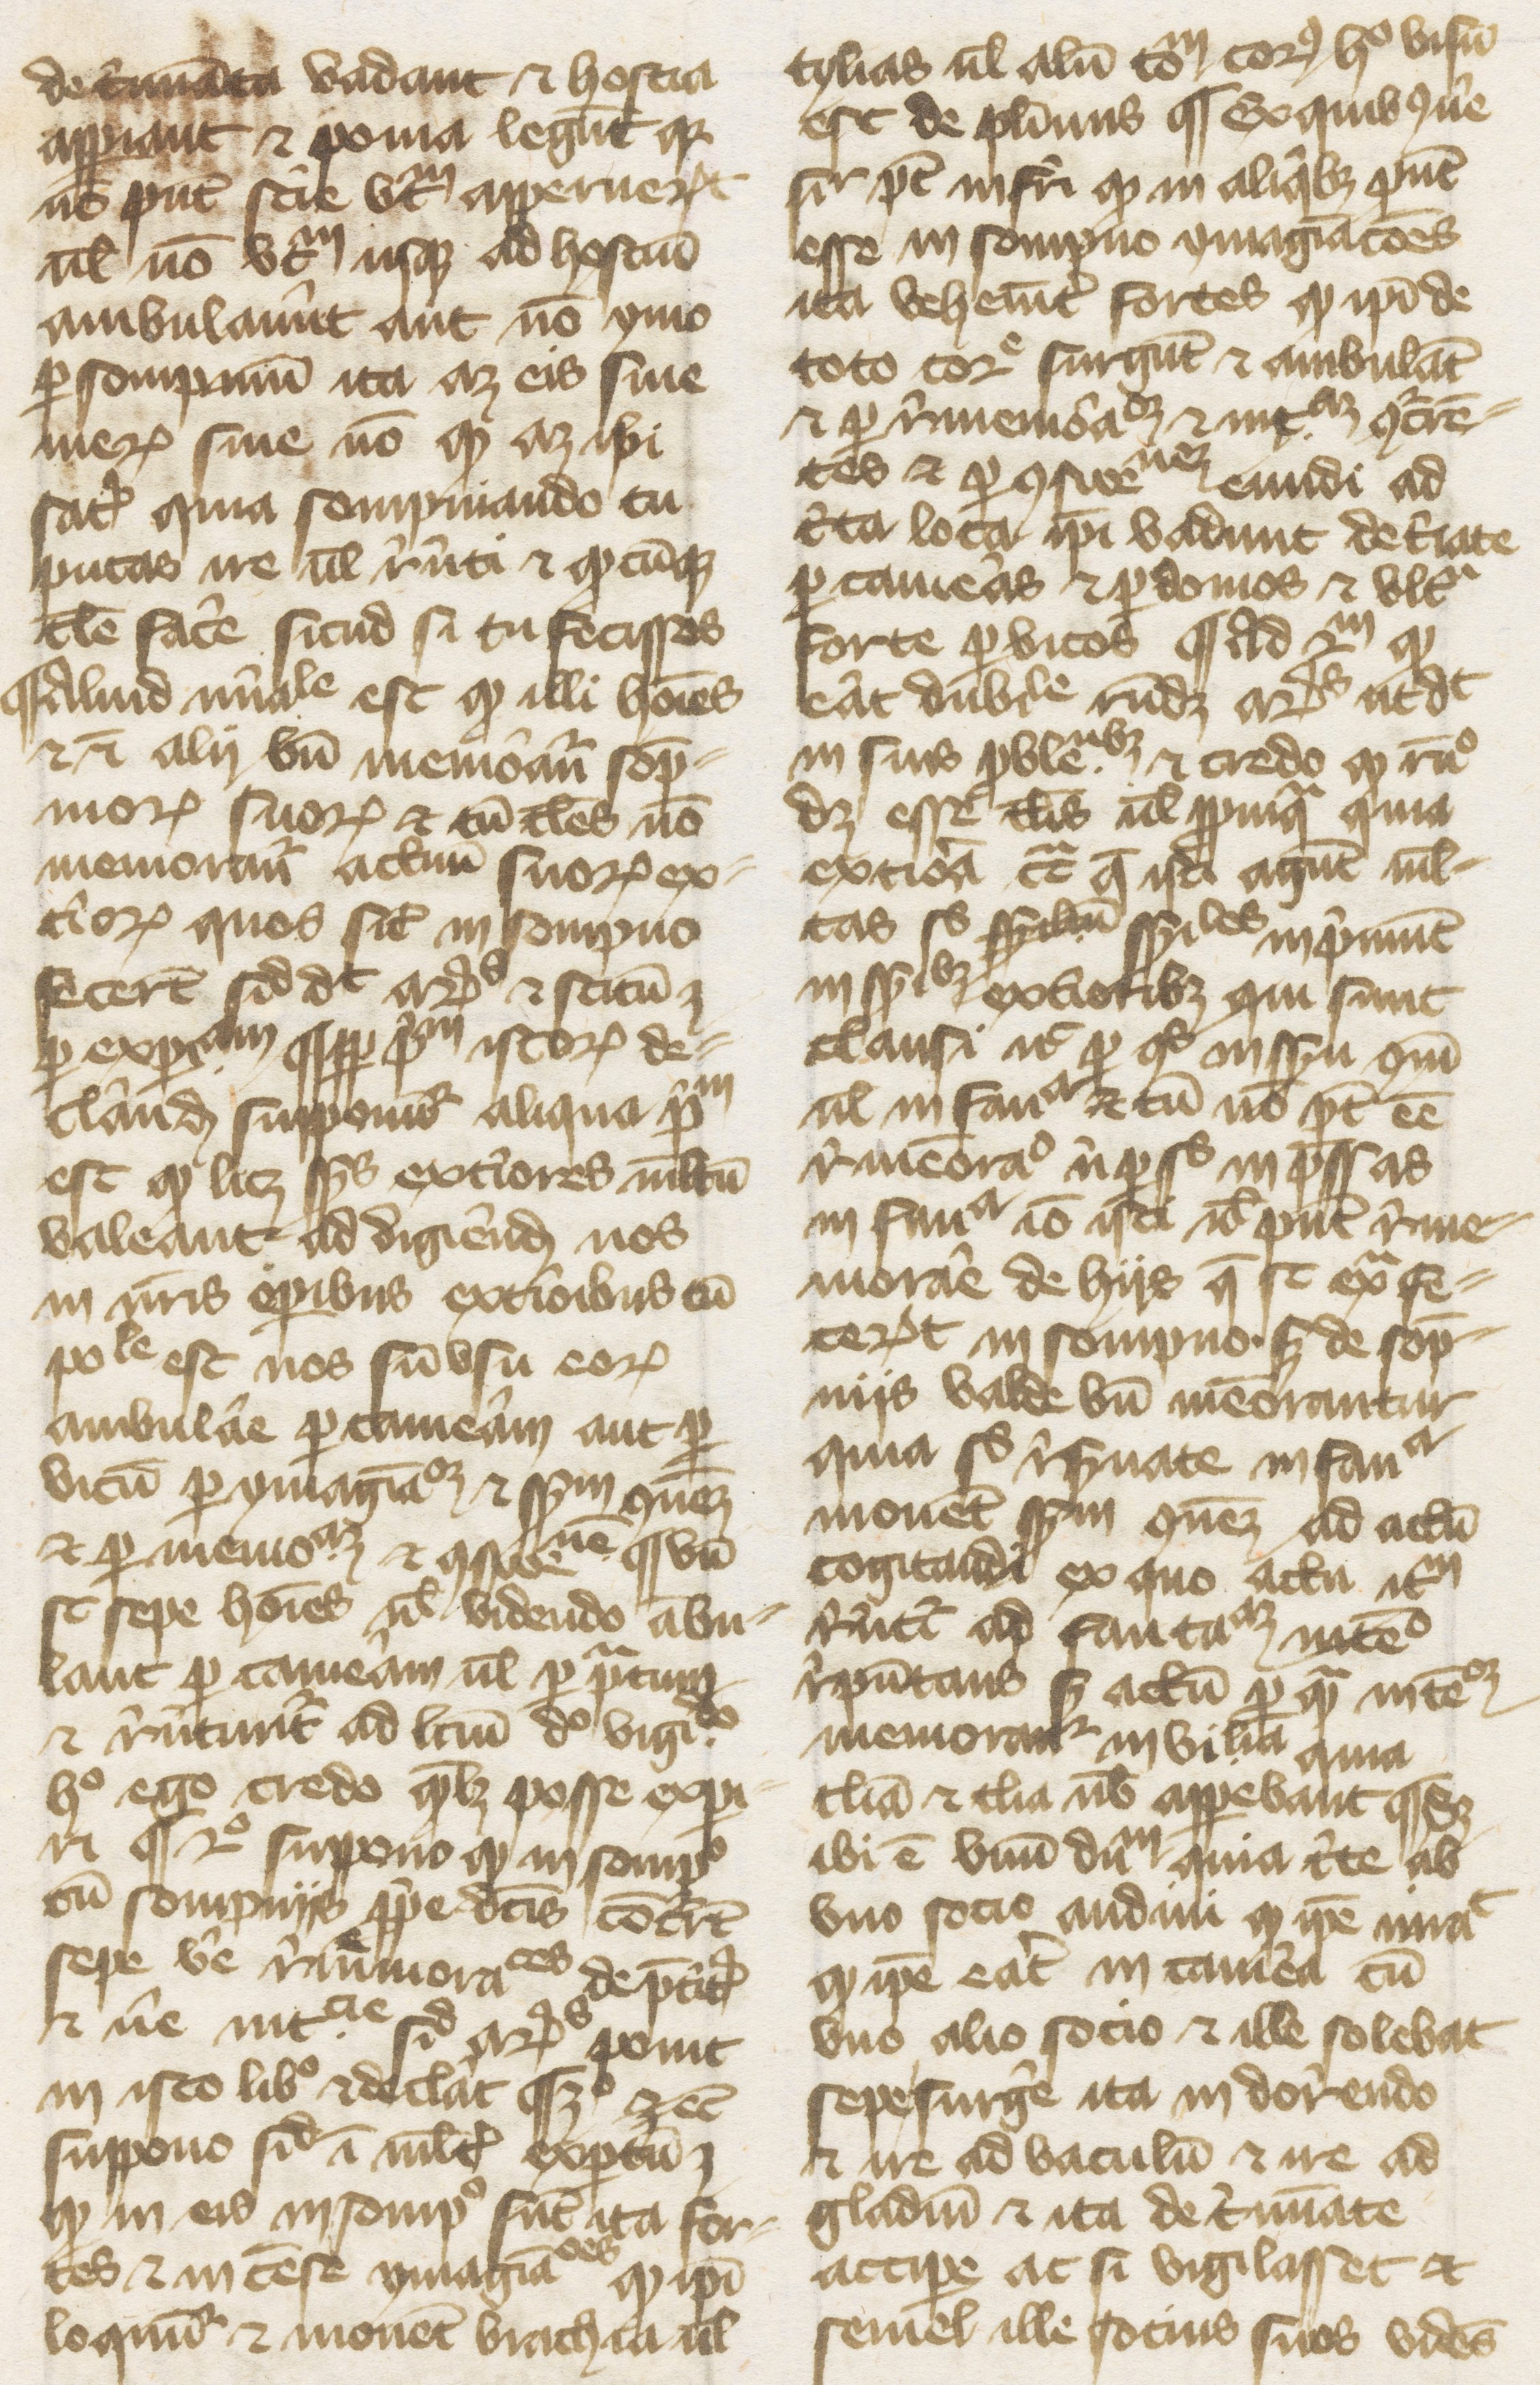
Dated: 1374–1374